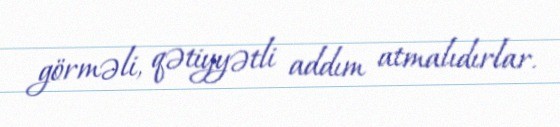
görməli, qətiyyətli addım atmalıdırlar.